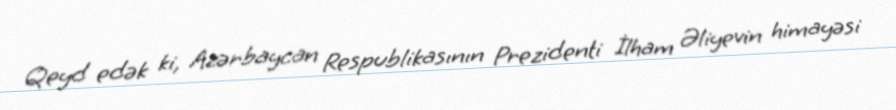
Qeyd edək ki, Azərbaycan Respublikasının Prezidenti İlham Əliyevin himayəsi